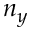
n _ { y }